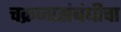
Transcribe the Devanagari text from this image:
चक्रजासंबंधीचा